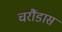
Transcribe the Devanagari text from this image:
चरौंडास